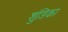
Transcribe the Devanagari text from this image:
शुंडिका